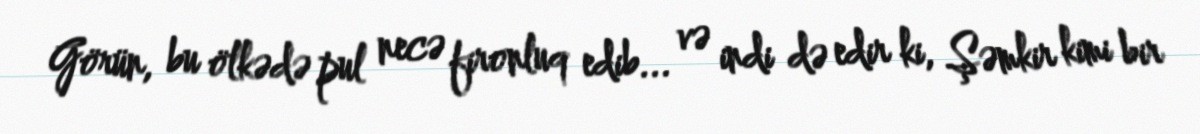
Görün, bu ölkədə pul necə fironluq edib... və indi də edir ki, Şəmkir kimi bir